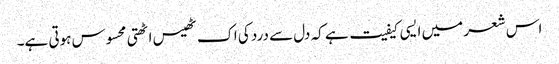
اس شعر میں ایسی کیفیت ہے کہ دل سے درد کی اک ٹھیس اٹھتی محسوس ہوتی ہے۔